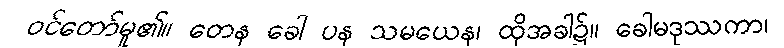
ဝင်တော်မူ၏။ တေန ခေါ ပန သမယေန၊ ထိုအခါ၌။ ခေါမဒုဿကာ၊